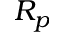
R _ { p }